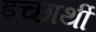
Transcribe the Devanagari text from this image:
इच्छार्थी